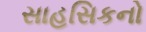
સાહસિકનો